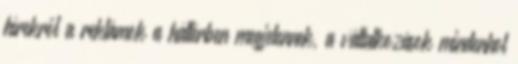
hírekről a reklámok a háttérben megjelennek, a vállalkozások mindenhol